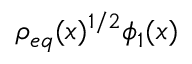
\rho _ { e q } ( x ) ^ { 1 / 2 } \phi _ { 1 } ( x )